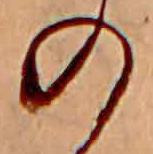
の